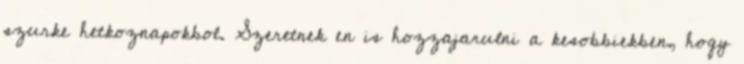
szurke hetkoznapokbol. Szeretnek en is hozzajarulni a kesobbiekben, hogy